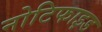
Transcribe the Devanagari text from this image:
नोटिफाइड